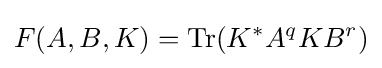
F(A,B,K)=\operatorname {Tr} (K^{*}A^{q}KB^{r})